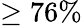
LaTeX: \geq 76\%